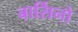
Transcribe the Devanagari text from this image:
बार्सिनो